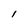
Character: I